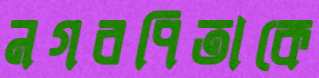
নগরপিতাকে